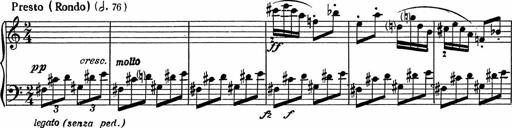
Title: 3Ã¨me Sonatine
Composer: Raffaele d' Alessandro